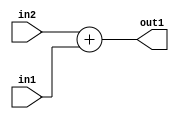
`timescale 1ps / 1ps
/*****************************************************************************
    Verilog RTL Description
    
    
    Created by: Stratus DpOpt 21.05.01 
*******************************************************************************/

module dut_Add_3Ux3U_4U_4 (
	in2,
	in1,
	out1
	); /* architecture "behavioural" */ 
input [2:0] in2,
	in1;
output [3:0] out1;
wire [3:0] asc001;

assign asc001 = 
	+(in2)
	+(in1);

assign out1 = asc001;
endmodule

/* CADENCE  urnwTQo= : u9/ySxbfrwZIxEzHVQQV8Q== ** DO NOT EDIT THIS LINE ******/